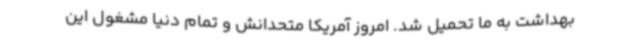
بهداشت به ما تحمیل شد. امروز آمریکا متحدانش و تمام دنیا مشغول این